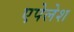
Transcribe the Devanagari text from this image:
एपेलेश